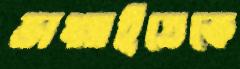
ভাঙ্গাইতেকে